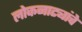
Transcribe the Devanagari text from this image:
लोकनाट्यांचे